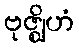
ဗုဇ္ဈိဟံ